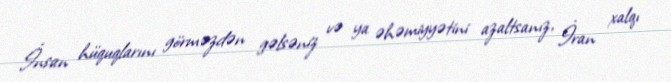
İnsan hüquqlarını görməzdən gəlsəniz və ya əhəmiyyətini azaltsanız, İran xalqı